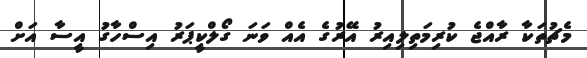
މެޗުތަކާ ރާއްޖެ ކުރިމަތިލިއިރު އޭރުގެ އެއް ވަނަ ގޯލްކީޕަރު އިސްހާގު އީސާ އަށް